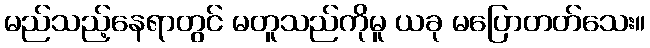
မည်သည့်နေရာတွင် မတူသည်ကိုမူ ယခု မပြောတတ်သေး။